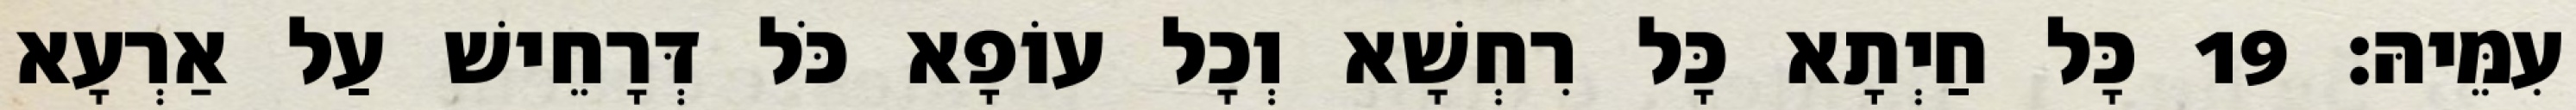
עִמֵּיהּ׃ 19 כָּל חַיְתָא כָּל רִחְשָׁא וְכָל עוֹפָא כֹּל דְּרָחֵישׁ עַל אַרְעָא